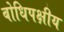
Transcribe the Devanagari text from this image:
बोधिपक्षीय